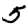
Digit: 5